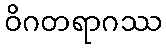
ဝိဂတရာဂဿ